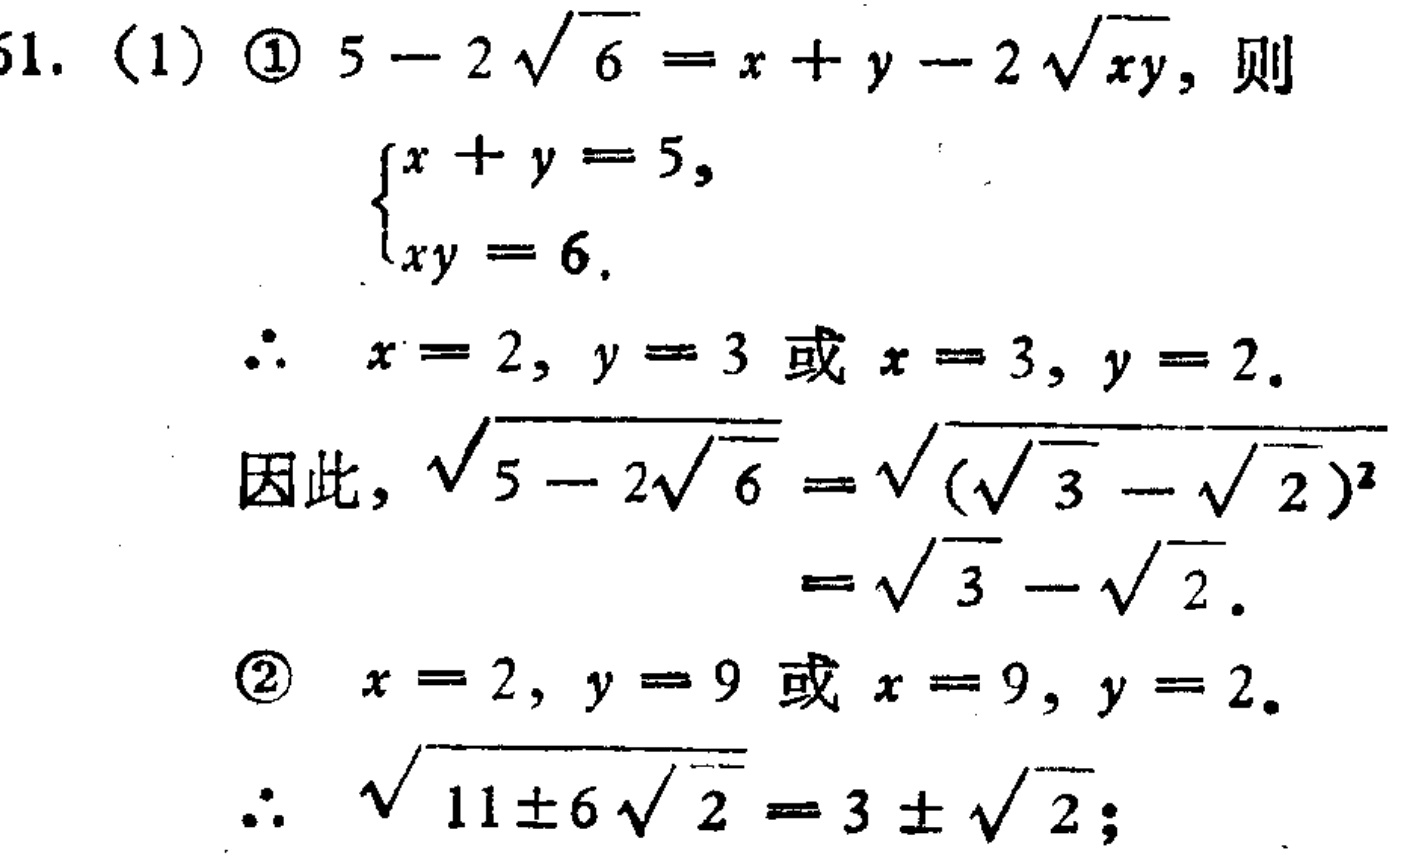
61. (1)

\textcircled{1} \(5 - 2\sqrt{6}=x + y-2\sqrt{xy}\), 则

\(\begin{cases}

x + y = 5,\\

xy = 6.

\end{cases}\)

\(\therefore x = 2, y = 3\) 或 \(x = 3, y = 2\).

因此, \(\sqrt{5 - 2\sqrt{6}}=\sqrt{(\sqrt{3}-\sqrt{2})^2}=\sqrt{3}-\sqrt{2}\).

\textcircled{2} \(x = 2, y = 9\) 或 \(x = 9, y = 2\).

\(\therefore\sqrt{11\pm6\sqrt{2}}=3\pm\sqrt{2}\);